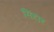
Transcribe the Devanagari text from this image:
सिंहार